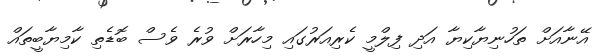
އޭނާއަށް ތަހުނިޔާކިޔާ އަދި ފިލްމީ ކެރިއަރުގައި މިހާރަށް ވުރެ ވެސް ބޮޑެތި ކާމިޔާބީތައް